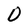
Character: D